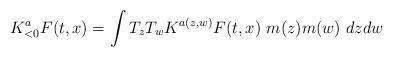
LaTeX: \begin{align*} K^a_{<0}F(t,x)= \int T_z T_w K^{a(z,w)}F(t,x) \ m(z) m(w) \ dz dw \end{align*}